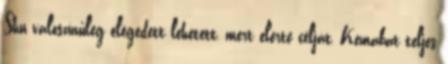
Shu valószínűleg elégedett lehetett, mert elérte célját, Kemabat teljes